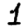
Digit: 1